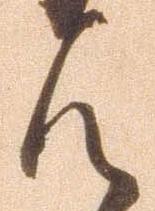
候